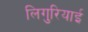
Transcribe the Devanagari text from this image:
लिगुरियाई